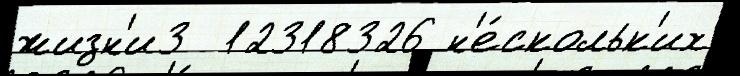
жизн'и3  12318326 н'е́скольк'их